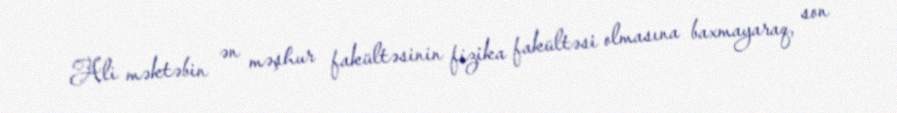
Ali məktəbin ən məşhur fakültəsinin fizika fakültəsi olmasına baxmayaraq, son